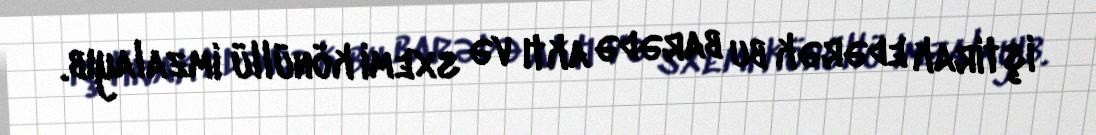
iştirak edərək bu barədə aktı və sxemi könüllü imzalayıb.